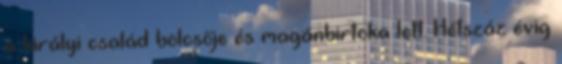
a királyi család bölcsője és magánbirtoka lett. Hétszáz évig